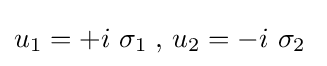
u_{1}=+i\ \sigma _{1}\;,\,u_{2}=-i\ \sigma _{2}\;